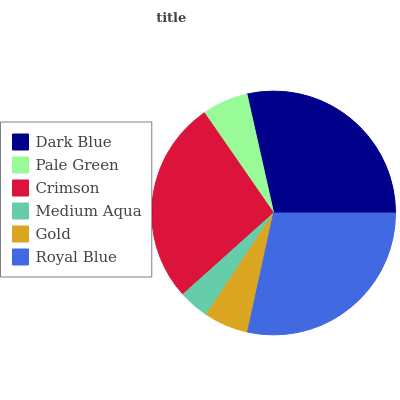
| Dark Blue | Pale Green | Crimson | Medium Aqua | Gold | Royal Blue |
 | --- | --- | --- | --- | --- | --- |
 | 28.5% | 6.12% | 27% | 4.04% | 5.88% | 28.5% |